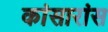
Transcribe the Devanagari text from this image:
कांसारांस